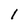
Character: 1